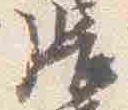
張